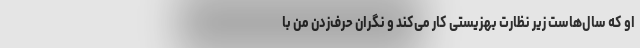
او که سال‌هاست زیر نظارت بهزیستی کار می‌کند و نگران حرف‌زدن من با